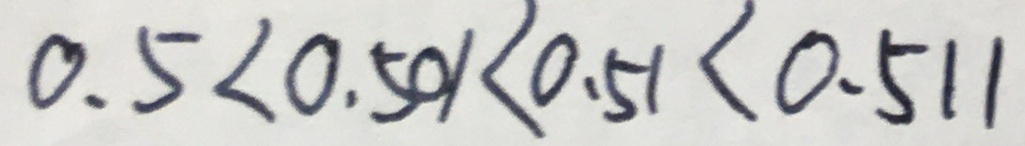
0 . 5 < 0 . 5 0 1 < 0 . 5 1 < 0 . 5 1 1